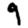
Digit: 9